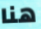
هنا